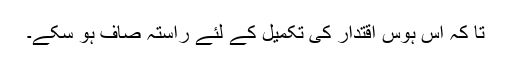
تا کہ اس ہوسِ اقتدار کی تکمیل کے لئے راستہ صاف ہو سکے۔